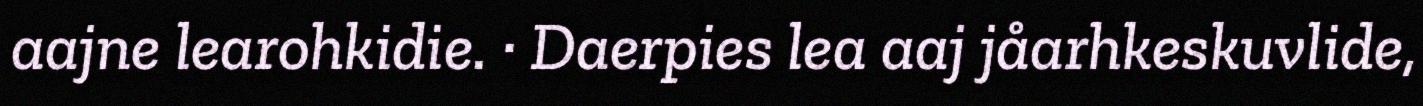
aajne learohkidie. · Daerpies lea aaj jåarhkeskuvlide,